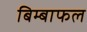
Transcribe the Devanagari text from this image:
बिम्बाफल